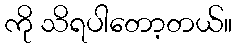
ကို သိရပါတော့တယ်။